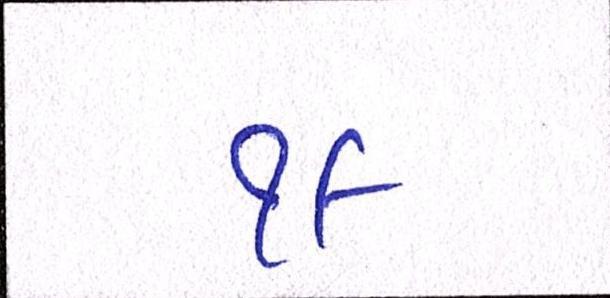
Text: ૧૯